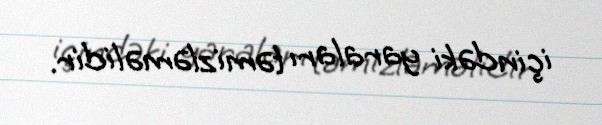
içindəki yaraları təmizləməlidir.